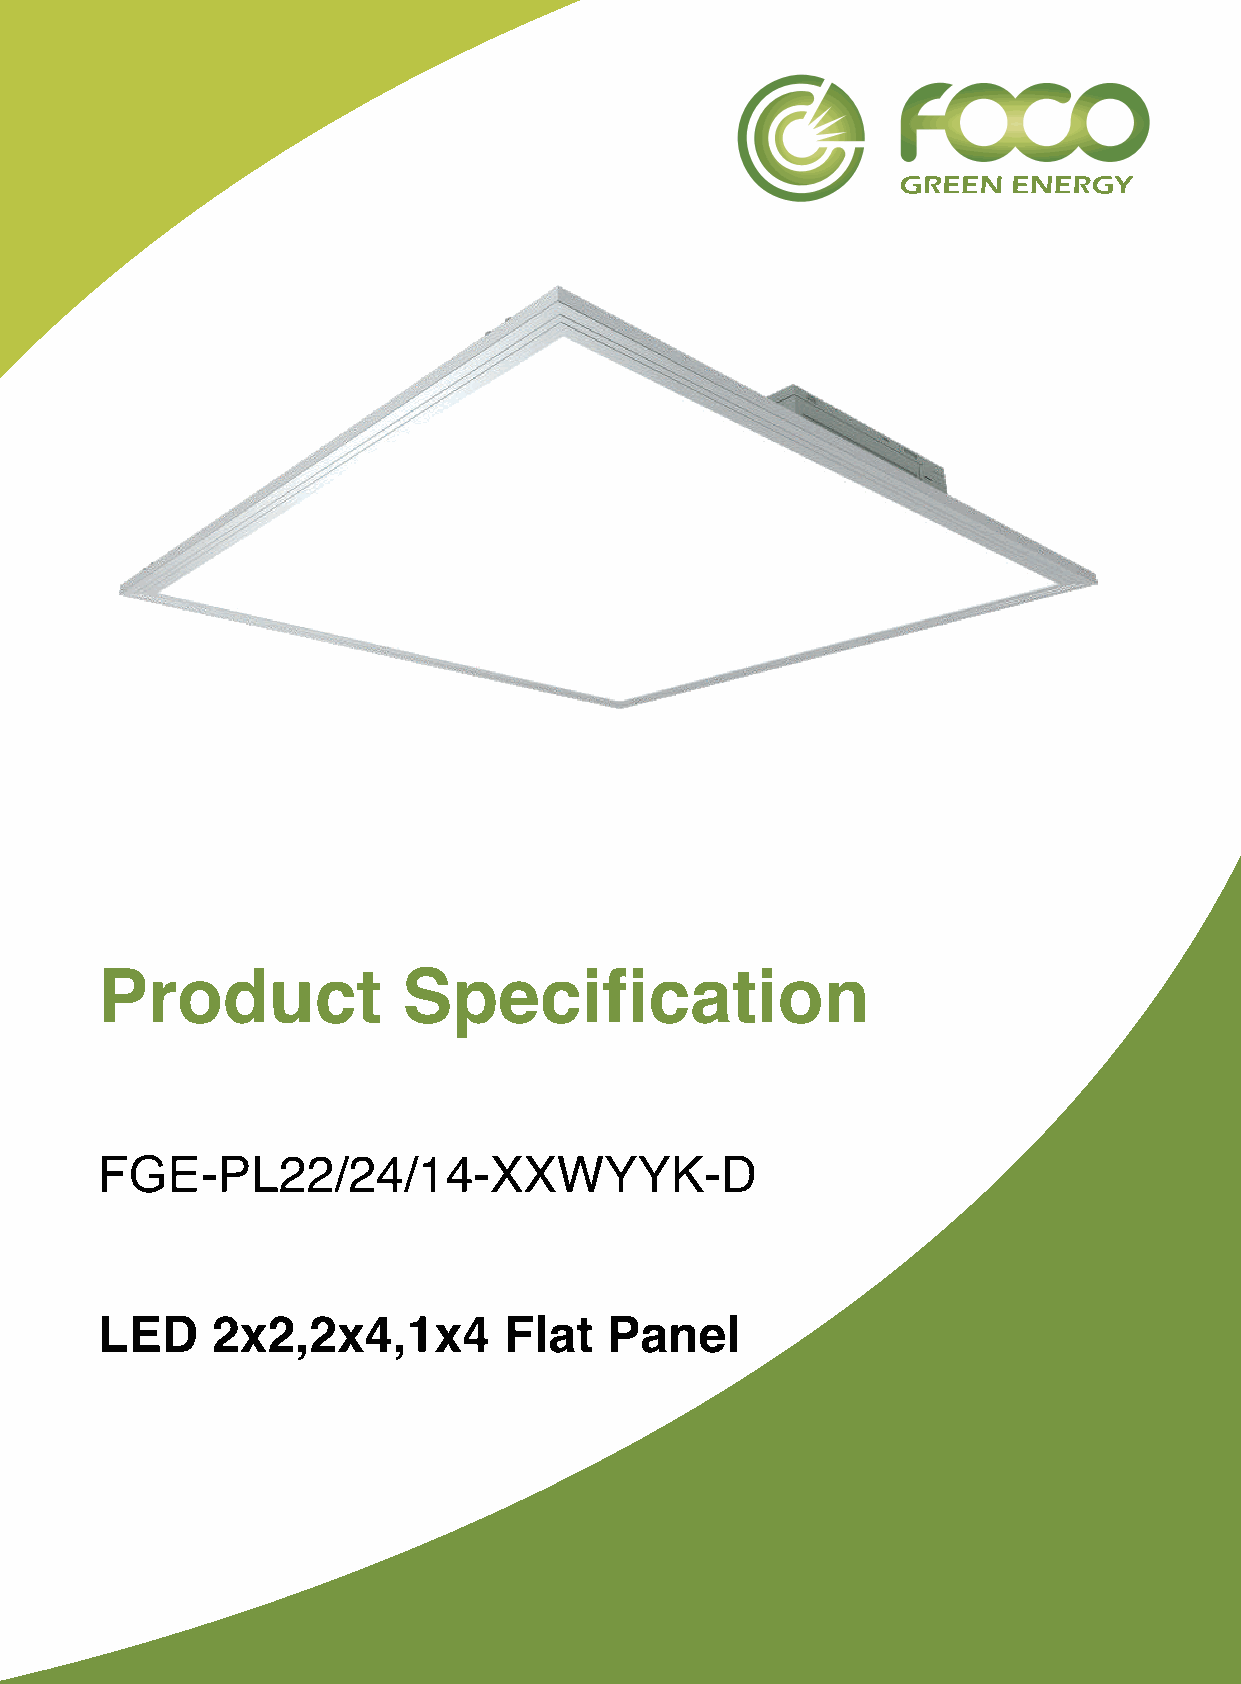
Product              Specification
 FGE-
 PL22/24/14-XXWYYK-D
 LED     2x2,2x4,1x4        Flat   Panel